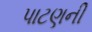
પાટણની